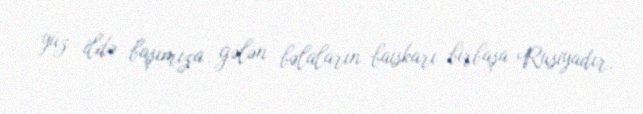
yüz ildə başımıza gələn bəlaların baiskarı birbaşa Rusiyadır.